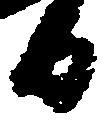
日